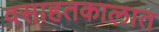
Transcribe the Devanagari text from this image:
वसाहतकालात